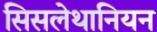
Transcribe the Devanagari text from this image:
सिसलेथानियन